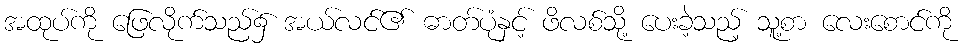
အထုပ်ကို ဖြေလိုက်သည်၌ အယ်လင်၏ ဓာတ်ပုံနှင့် ဖိလစ်သို့ ပေးခဲ့သည့် သူ့စာ လေးစောင်ကို